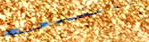
Under New Mgmt